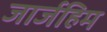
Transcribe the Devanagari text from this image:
जार्जहिम